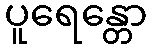
ပူရေန္တော